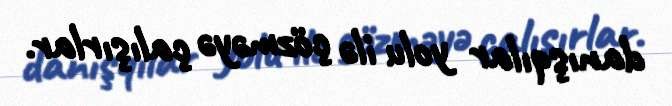
danışqılar yolu ilə çözməyə çalışırlar.